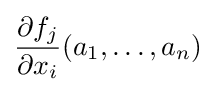
{\frac {\partial f_{j}}{\partial {x_{i}}}}(a_{1},\dots ,a_{n})